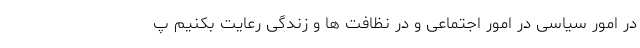
در امور سیاسی در امور اجتماعی و در نظافت ها و زندگی رعایت بکنیم پ